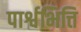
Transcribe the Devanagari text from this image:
पार्श्वभित्ति